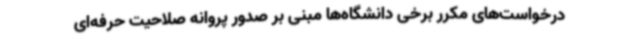
درخواست‌های مکرر برخی دانشگاه‌ها مبنی بر صدور پروانه صلاحیت حرفه‌ای